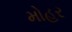
મોહર